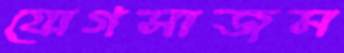
যোগসাজস